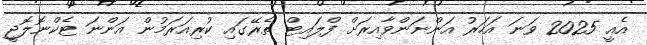
އެއީ 2025 ވަނަ އަހަރު އަންނަންވާއިރަށް ފްލައިޓް ތެރޭގައި ކުރިއަރަމުން އަންނަ ޓެކްނޮލޮޖީ